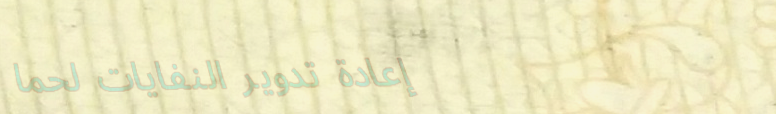
إعادة تدوير النفايات لحما